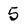
Character: 5